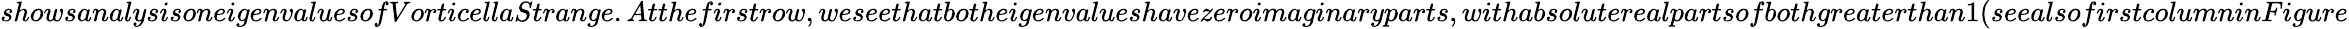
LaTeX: showsanalysisoneigenvaluesofVorticellaStrange.Atthefirstrow,weseethatbotheigenvalueshavezeroimaginaryparts,withabsoluterealpartsofbothgreaterthan1(seealsofirstcolumninFigure